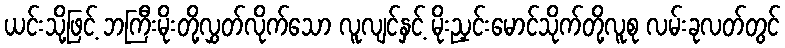
ယင်းသို့ဖြင့် ဘကြီးမိုးတို့လွှတ်လိုက်သော လူလျင်နှင့် မိုးညှင်းမောင်သိုက်တို့လူစု လမ်းခုလတ်တွင်